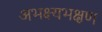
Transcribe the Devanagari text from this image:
अभक्ष्यभक्षण